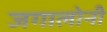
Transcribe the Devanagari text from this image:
जगालोनी